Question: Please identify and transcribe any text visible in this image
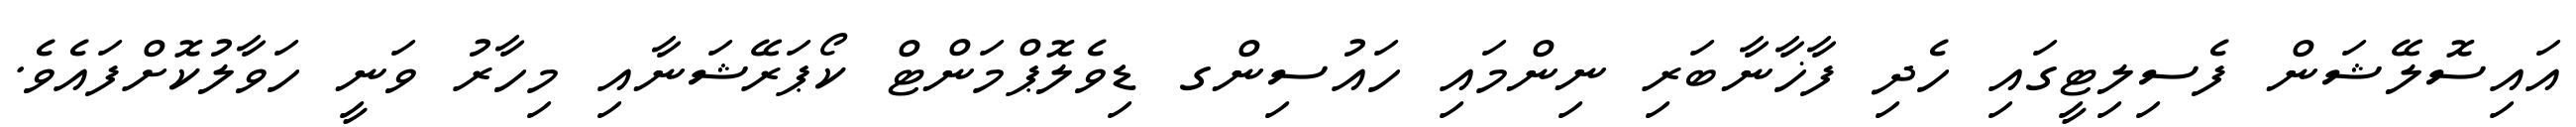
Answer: އައިސޮލޭޝަން ފެސިލިޓީގައި ހެދި ފާޚާނާބަރި ނިންމައި ހައުސިންގ ޑިވެލޮޕްމަންޓް ކޯޕަރޭޝަނާއި މިހާރު ވަނީ ހަވާލުކޮށްފައެވެ.